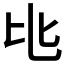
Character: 𬼚